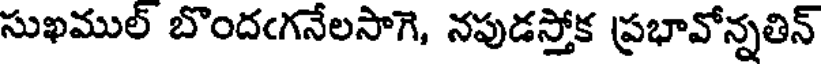
సుఖముల్ బొందఁగనేలసాగె, నపుడస్తోక ప్రభావోన్నతిన్